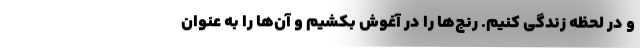
و در لحظه زندگی کنیم. رنج‌ها را در آغوش بکشیم و آن‌ها را به عنوان